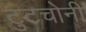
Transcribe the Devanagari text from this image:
टुटचोनी